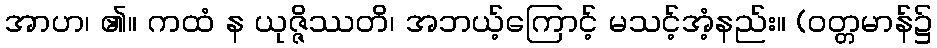
အာဟ၊ ၏။ ကထံ န ယုဇ္ဇိဿတိ၊ အဘယ့်ကြောင့် မသင့်အံ့နည်း။ (ဝတ္တမာန်၌